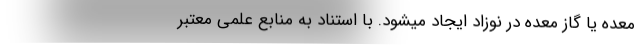
معده یا گاز معده در نوزاد ایجاد میشود. با استناد به منابع علمی معتبر